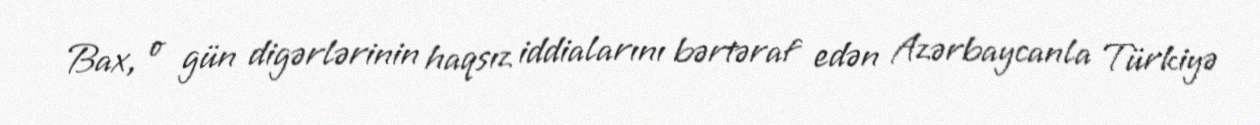
Bax, o gün digərlərinin haqsız iddialarını bərtəraf edən Azərbaycanla Türkiyə